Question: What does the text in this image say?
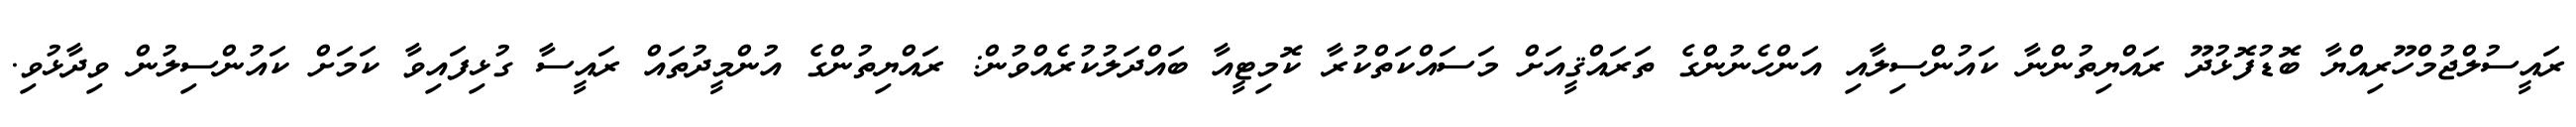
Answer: ރައީސުލްޖުމްހޫރިއްޔާ ބޮޑުފޮޅުދޫ ރައްޔިތުންނާ ކައުންސިލާއި އަންހެނުންގެ ތަރައްޤީއަށް މަސައްކަތްކުރާ ކޮމިޓީއާ ބައްދަލުކުރެއްވުން: ރައްޔިތުންގެ އުންމީދުތައް ރައީސާ ގުޅިފައިވާ ކަމަށް ކައުންސިލުން ވިދާޅުވި.